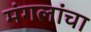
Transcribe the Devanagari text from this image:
मंगलांचा